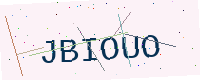
Text: JBIOUO